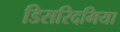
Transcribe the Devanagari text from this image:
डिसरिदमिया